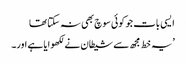
ایسی بات جو کوئی سوچ بھی نہ سکتا تھا
’یہ خط مجھ سے شیطان نے لکھوایا ہے اور۔